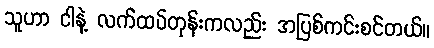
သူဟာ ငါနဲ့ လက်ထပ်တုန်းကလည်း အပြစ်ကင်းစင်တယ်။